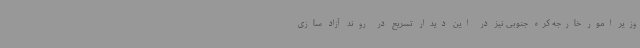
وزیر امور خارجه کره جنوبی نیز در این دیدار تسریع در روند آزاد سازی